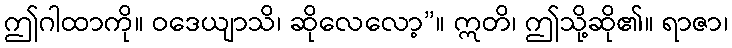
ဤဂါထာကို။ ဝဒေယျာသိ၊ ဆိုလေလော့”။ ဣတိ၊ ဤသို့ဆို၏။ ရာဇာ၊